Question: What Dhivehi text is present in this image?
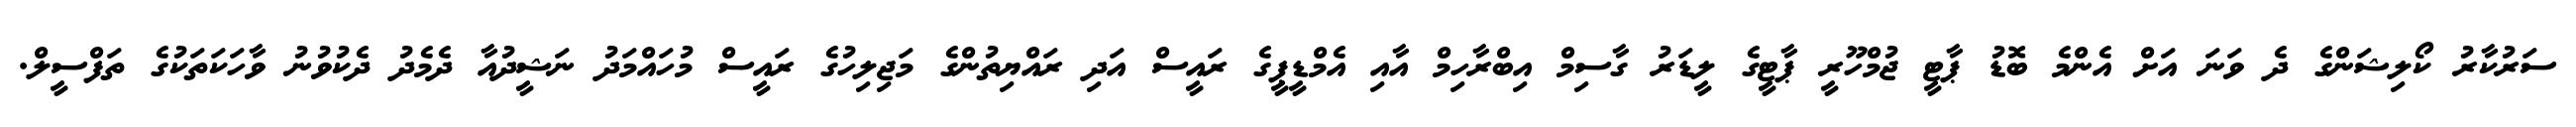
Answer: ސަރުކާރު ކޯލިޝަންގެ ދެ ވަނަ އަށް އެންމެ ބޮޑު ޕާޓީ ޖުމްހޫރީ ޕާޓީގެ ލީޑަރު ގާސިމް އިބްރާހިމް އާއި އެމްޑީޕީގެ ރައީސް އަދި ރައްޔިތުންގެ މަޖިލިހުގެ ރައީސް މުހައްމަދު ނަޝީދުއާ ދެމެދު ދެކުވުނު ވާހަކަތަކުގެ ތަފްސީލް.